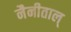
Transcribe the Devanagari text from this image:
नैनीताल्